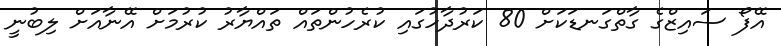
އޭފޯ ސައިޒްގެ ގާތްގަނޑަކަށް 80 ކަރުދާހުގައި ކުރެހުންތައް ތައްޔާރު ކުރުމަށް އޭނާއަށް ލިބުނީ